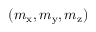
( m _ { \mathrm { x } } , m _ { \mathrm { y } } , m _ { \mathrm { z } } )